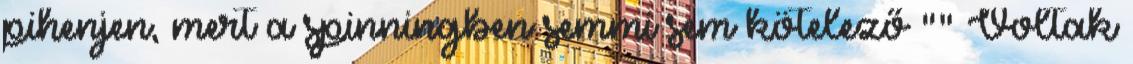
pihenjen, mert a spinningben semmi sem kötelező "" Voltak